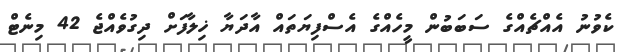
ކެވުނު އެއްޗެއްގެ ސަބަބުން މީހެއްގެ އެސްފިޔަތައް އާދަޔާ ޚިލާފަށް ދިގުވެއްޖެ 42 މިނެޓް